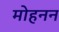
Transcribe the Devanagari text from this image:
मोहनन